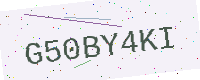
Text: G50BY4KI